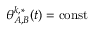
\theta _ { A , B } ^ { k , * } ( t ) = \mathrm { c o n s t }